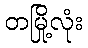
တမြို့လုံး